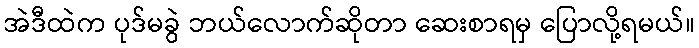
အဲဒီထဲက ပုဒ်မခွဲ ဘယ်လောက်ဆိုတာ ဆေးစာရမှ ပြောလို့ရမယ်။